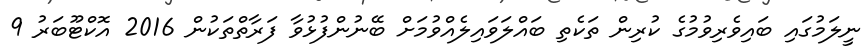
ނީލަމުގައި ބައިވެރިވުމުގެ ކުރިން ތަކެތި ބައްލަވައިލެއްވުމަށް ބޭނުންފުޅުވާ ފަރާތްތަކުން 2016 އޮކްޓޫބަރު 9